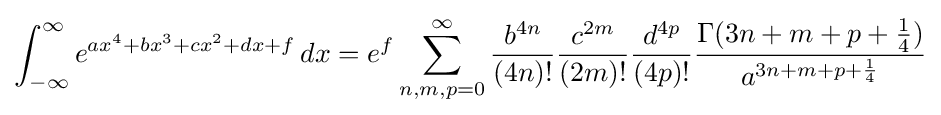
\int _{-\infty }^{\infty }e^{ax^{4}+bx^{3}+cx^{2}+dx+f}\,dx=e^{f}\sum _{n,m,p=0}^{\infty }{\frac {b^{4n}}{(4n)!}}{\frac {c^{2m}}{(2m)!}}{\frac {d^{4p}}{(4p)!}}{\frac {\Gamma (3n+m+p+{\frac {1}{4}})}{a^{3n+m+p+{\frac {1}{4}}}}}